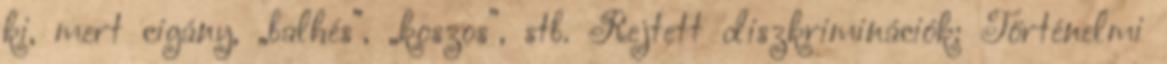
ki, mert cigány, „balhés”, „koszos”, stb. Rejtett diszkriminációk: Történelmi